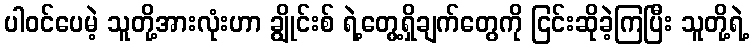
ပါဝင်ပေမဲ့ သူတို့အားလုံးဟာ ချွိုင်းစ် ရဲ့တွေ့ရှိချက်တွေကို ငြင်းဆိုခဲ့ကြပြီး သူတို့ရဲ့